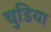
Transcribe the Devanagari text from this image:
चुडिया